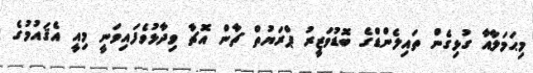
މިޙަމަލާއާ ގުޅިގެން ތައިލެންޑްގެ ބޮޑުވަޒީރު ޕްރަޔުތް ޗާން އޮޗާ ވިދާޅުވެފައިވަނީ މިއީ އެޤައުމުގެ